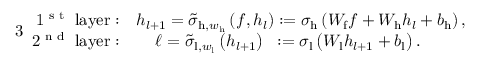
\begin{array} { r } { { 3 } \begin{array} { r l } { \mathrm { 1 \textsuperscript { s t } ~ l a y e r : } } & { h _ { l + 1 } = \tilde { \sigma } _ { \mathrm { h } , w _ { \mathrm { h } } } \left( f , h _ { l } \right) : = \sigma _ { \mathrm { h } } \left( W _ { \mathrm { f } } f + W _ { \mathrm { h } } h _ { l } + b _ { \mathrm { h } } \right) , } \\ { \mathrm { 2 \textsuperscript { n d } ~ l a y e r : } } & { \quad \, \ell = \tilde { \sigma } _ { \mathrm { l } , w _ { \mathrm { l } } } \left( h _ { l + 1 } \right) \; \; : = \sigma _ { \mathrm { l } } \left( W _ { \mathrm { l } } h _ { l + 1 } + b _ { \mathrm { l } } \right) . } \end{array} } \end{array}